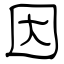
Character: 因